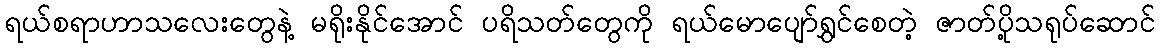
ရယ်စရာဟာသလေးတွေနဲ့ မရိုးနိုင်အောင် ပရိသတ်တွေကို ရယ်မောပျော်ရွှင်စေတဲ့ ဇာတ်ပို့သရုပ်ဆောင်